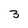
Character: 3